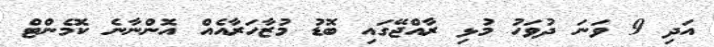
އަދި 9 ވަނަ ދުވަހު މުޅި ރާއްޖޭގައި ބޮޑު މުޒާހަރާއެއް އޮންނާނެ ކޮމެންޓް